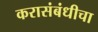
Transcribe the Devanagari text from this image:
करासंबंधीचा